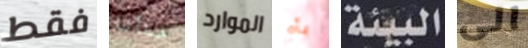
فقط خطأنا الموارد بأم البيئة الى